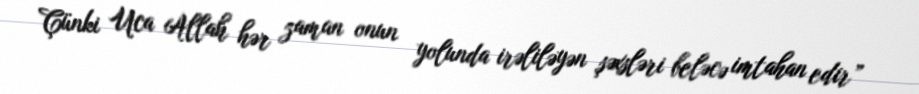
Çünki Uca Allah hər zaman onun yolunda irəliləyən şəxsləri beləcə imtahan edir”